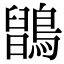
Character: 𪅉